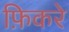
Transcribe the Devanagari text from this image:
फ़िकरे